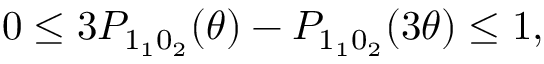
\begin{array} { r } { 0 \leq 3 P _ { 1 _ { 1 } 0 _ { 2 } } ( \theta ) - P _ { 1 _ { 1 } 0 _ { 2 } } ( 3 \theta ) \leq 1 , } \end{array}